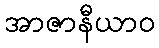
အာဇာနီယာဝ